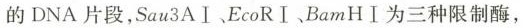
的 DNA 片段，Sau3AⅠ、EcoRⅠ、BamHⅠ为三种限制酶，